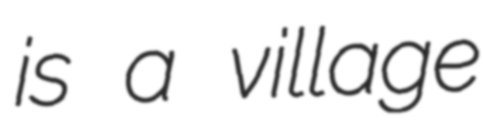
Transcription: is a village